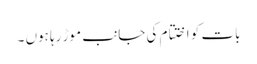
بات کو اختتام کی جانب موڑ رہا ہوں ۔